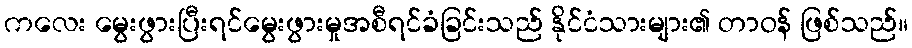
ကလေး မွေးဖွားပြီးရင်မွေးဖွားမှုအစီရင်ခံခြင်းသည် နိုင်ငံသားများ၏ တာဝန် ဖြစ်သည်။